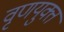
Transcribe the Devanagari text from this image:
वृणयुक्त